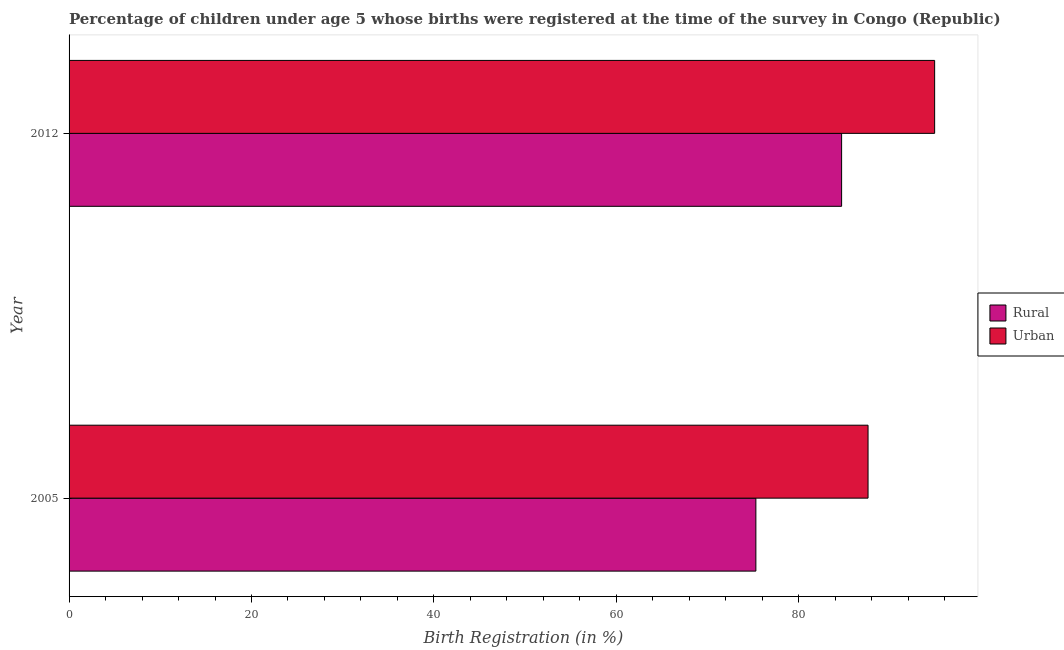
| Year | Rural | Urban |
 | --- | --- | --- |
 | 2005 | 75.3 | 87.6 |
 | 2012 | 84.7 | 94.9 |